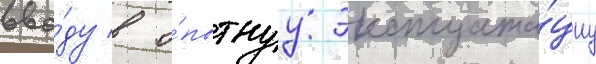
вво́ду в о́пытнуу эксплуата́циу